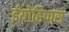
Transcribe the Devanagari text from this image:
ईयोहिप्पस